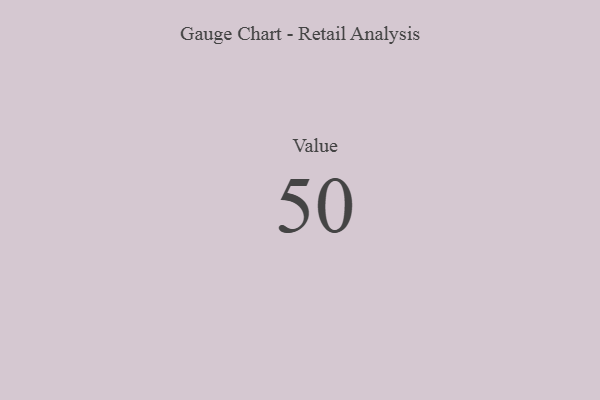
{"axis": {"x": "Metric", "y": "Value"}, "legend": [""], "data": [{"x": "Value", "y": 50, "type": ""}]}